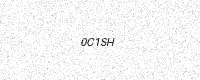
Text: 0C1SH